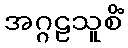
အဂ္ဂဠသူစိံ